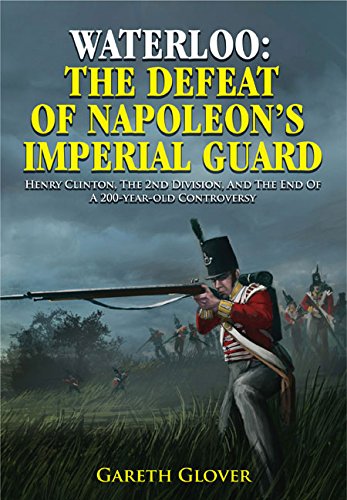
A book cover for Waterloo: The Defeat of Napoleon's Imperial Guard: Henry Clinton, the 2nd Division and the End of a 200-year-old Controversy; Gareth Glover; History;